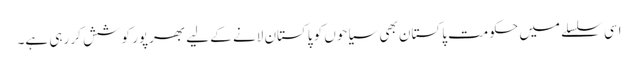
اسی سلسلے میں حکومت پاکستان بھی سیاحوں کو پاکستان لانے کے لیے بھرپور کوشش کر رہی ہے۔